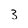
Character: 3